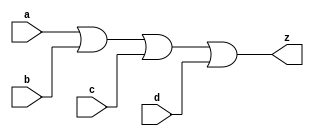
// This program was cloned from: https://github.com/aolofsson/oh
// License: MIT License

//#############################################################################
//# Function: 4 Input Or Gate                                                 #
//# Copyright: OH Project Authors. All rights Reserved.                       #
//# License:  MIT (see LICENSE file in OH repository)                         #
//#############################################################################

module asic_or4 #(parameter PROP = "DEFAULT")   (
    input  a,
    input  b,
    input  c,
    input  d,
    output z
    );

   assign z = a | b | c | d;

endmodule